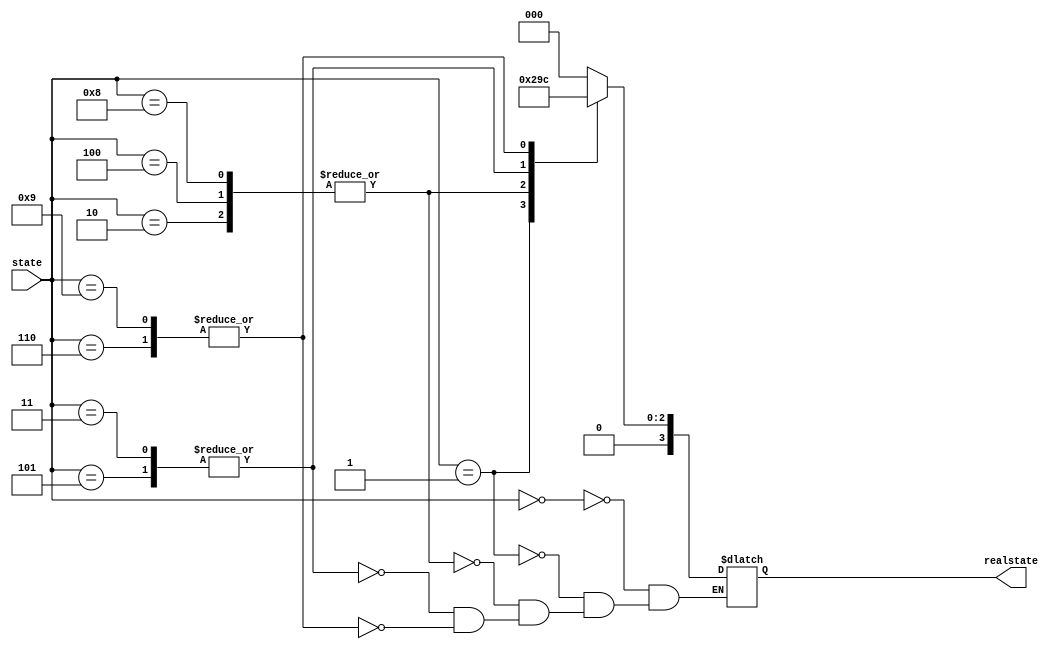
`timescale 1ns / 1ps
//////////////////////////////////////////////////////////////////////////////////
// Company: 
// Engineer: 
// 
// Design Name: 
// Module Name: transtate
// Project Name: 
// Target Devices: 
// Tool Versions: 
// Description: 
// 
// Dependencies: 
// 
// Revision:
// Revision 0.01 - File Created
// Additional Comments:
// 
//////////////////////////////////////////////////////////////////////////////////


module transtate(
    input [3:0] state,
    output reg [3:0] realstate
    );
    always @ (state) begin
        case(state)
            4'b0000: realstate = 0;
            4'b0001: realstate = 1;
            4'b1000, 4'b0100, 4'b0010: realstate = 2;
            4'b0011, 4'b0101: realstate = 3;
            4'b1001, 4'b0110: realstate = 4;
        endcase
    end
endmodule